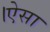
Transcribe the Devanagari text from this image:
।ऐसा